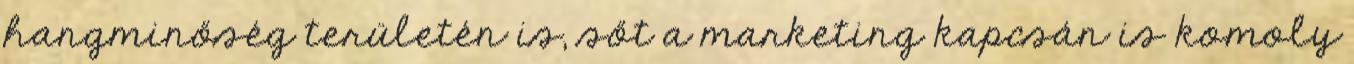
hangminőség területén is, sőt a marketing kapcsán is komoly